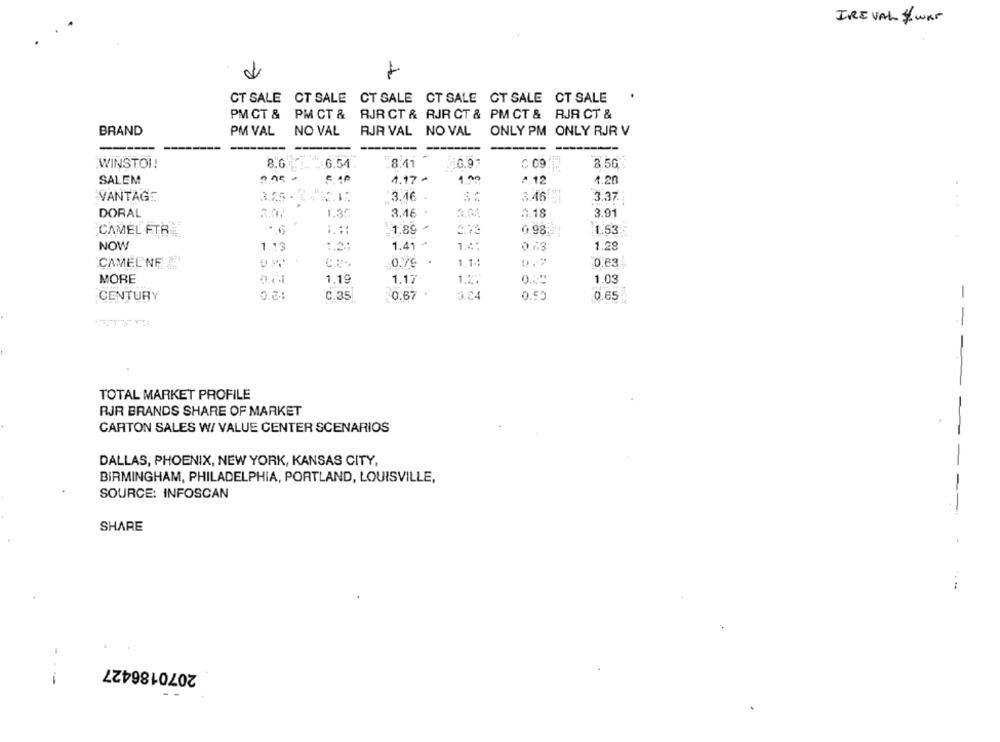
IREVAL # war
d
CT SALE CT SALE CT SALE CT SALE CT SALE CT SALE
PM CT &
PM CT & RJR CT & RJR CT & PM CT & RJR CT &
BRAND
PM VAL
NO VAL
RJR VAL NO VAL
ONLY PM ONLY RJR V
-----
WINSTON!
6.54
8.41
6.9:
C 09
8.5G
2.95
4.17 ~
1.00
SALEM
2.12
4.20
VANTAGE
3.46
3.46
3.37.
DORAL
1.30
3.46
3.01
2.18
3.91
.6
1.89
0.98:
1.53
CAMEL FTR
NOW
1.41 ⑈
1.4.
1.13
:. 2:
0.63
1.28
CAMEL NE
0.79
1.14
0.7
0.63
MORE
1.19
1.17
1.2%
1.03
CENTURY
0.81
0.35
0.67
0.84
0.55
0.65
- -
TOTAL MARKET PROFILE
RJR BRANDS SHARE OF MARKET
CARTON SALES W/ VALUE CENTER SCENARIOS
DALLAS, PHOENIX, NEW YORK, KANSAS CITY,
BIRMINGHAM, PHILADELPHIA, PORTLAND, LOUISVILLE,
SOURCE: INFOSCAN
SHARE
2070186427
-